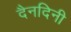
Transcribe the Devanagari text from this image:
दैनदिनी